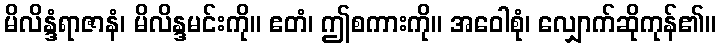
မိလိန္ဒံရာဇာနံ၊ မိလိန္ဒမင်းကို။ ဧတံ၊ ဤစကားကို။ အဝေါစုံ၊ လျှောက်ဆိုကုန်၏။